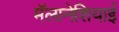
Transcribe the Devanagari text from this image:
मॅलानेशियाई